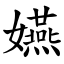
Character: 嬿